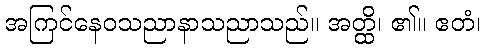
အကြင်နေဝသညာနာသညာသည်။ အတ္ထိ၊ ၏။ ဧတံ၊